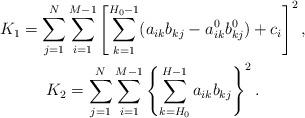
LaTeX: \begin{gather*}K_1=\sum_{j=1}^N \sum_{i=1}^{M-1} \left[ \sum_{k=1}^{H_0-1} (a_{ik}b_{kj}- a^0_{ik}b^0_{kj}) + c_i\right]^2, \\K_2= \sum_{j=1}^N \sum_{i=1}^{M-1} \left\{ \sum_{k=H_0}^{H-1} a_{ik}b_{kj} \right\}^2.\end{gather*}